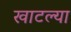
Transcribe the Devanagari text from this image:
खाटल्या